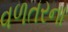
વળતરના